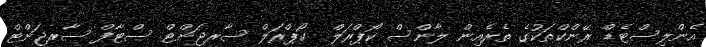
އެންލިސްޓެޑް ރޭންކްތަކުގެ ތެރެއިން ލާންސް ކޯޕްރަލް  ކޯޕްރަލް ސާރޖަންޓް ސްޓާފް ސާރޖަންޓް